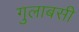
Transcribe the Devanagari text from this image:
गुलाबसी